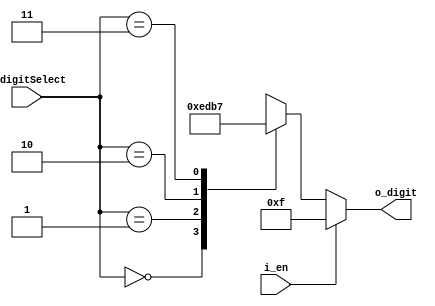
`timescale 1ns / 1ps


module FND_Select_Decoder(
    input [1:0] i_digitSelect, 
    input i_en,
    output [3:0] o_digit
    );

    reg [3:0] r_digit;

    assign o_digit = r_digit;

    always @(i_digitSelect or i_en) begin
        if(i_en) begin
            r_digit = 4'b1111;
        end
        else begin
            case (i_digitSelect)
                2'h0 : r_digit = 4'b1110;
                2'h1 : r_digit = 4'b1101;
                2'h2 : r_digit = 4'b1011;
                2'h3 : r_digit = 4'b0111;
            endcase

        end
    end

endmodule